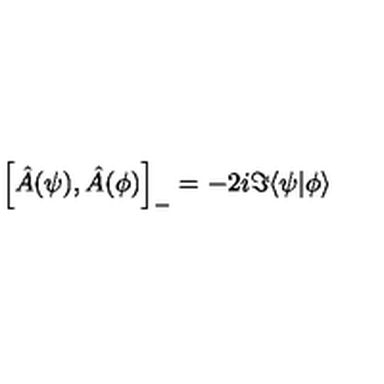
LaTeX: \left[ \hat { A } ( \psi ) , \hat { A } ( \phi ) \right] _ { - } = - 2 i \Im \langle \psi | \phi \rangle